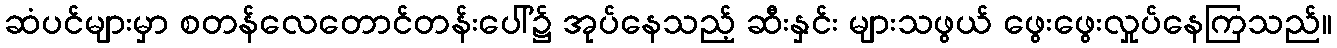
ဆံပင်များမှာ စတန်လေတောင်တန်းပေါ်၌ အုပ်နေသည့် ဆီးနှင်း များသဖွယ် ဖွေးဖွေးလှုပ်နေကြသည်။